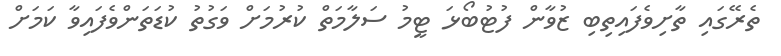
ތެރޭގައި ތާށިވެފައިތިބި ޒުވާން ފުޓުބޯޅަ ޓީމު ސަލާމަތް ކުރުމަށް ވަގުތު ކުޑަތަންވެފައިވާ ކަމަށް